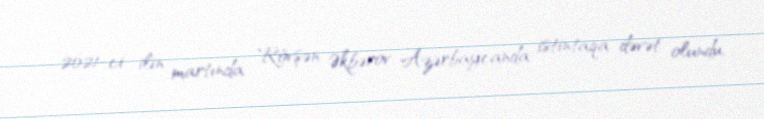
2021-ci ilin martında Rövşən Əkbərov Azərbaycanda istintaqa dəvət olundu,